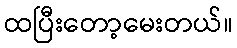
ထပြီးတော့မေးတယ်။